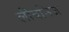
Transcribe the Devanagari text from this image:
लीबनिज